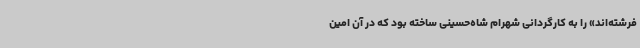
فرشته‌اند» را به کارگردانی شهرام شاه‌حسینی ساخته بود که در آن امین